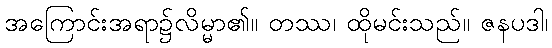
အကြောင်းအရာ၌လိမ္မာ၏။ တဿ၊ ထိုမင်းသည်။ ဇနပဒါ၊